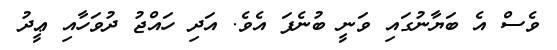
ވެސް އެ ބަޔާނުގައި ވަނީ ބުނެފަ އެވެ. އަދި ހައްޖު ދުވަހާއި ޢީދު